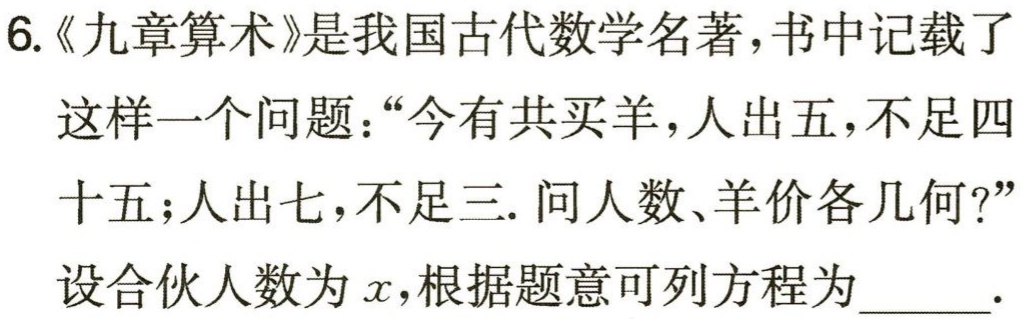
$5x + 45 = 7x + 3$